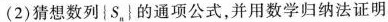
(2)猜想数列|S，|的通项公式，并用数学归纳法证明